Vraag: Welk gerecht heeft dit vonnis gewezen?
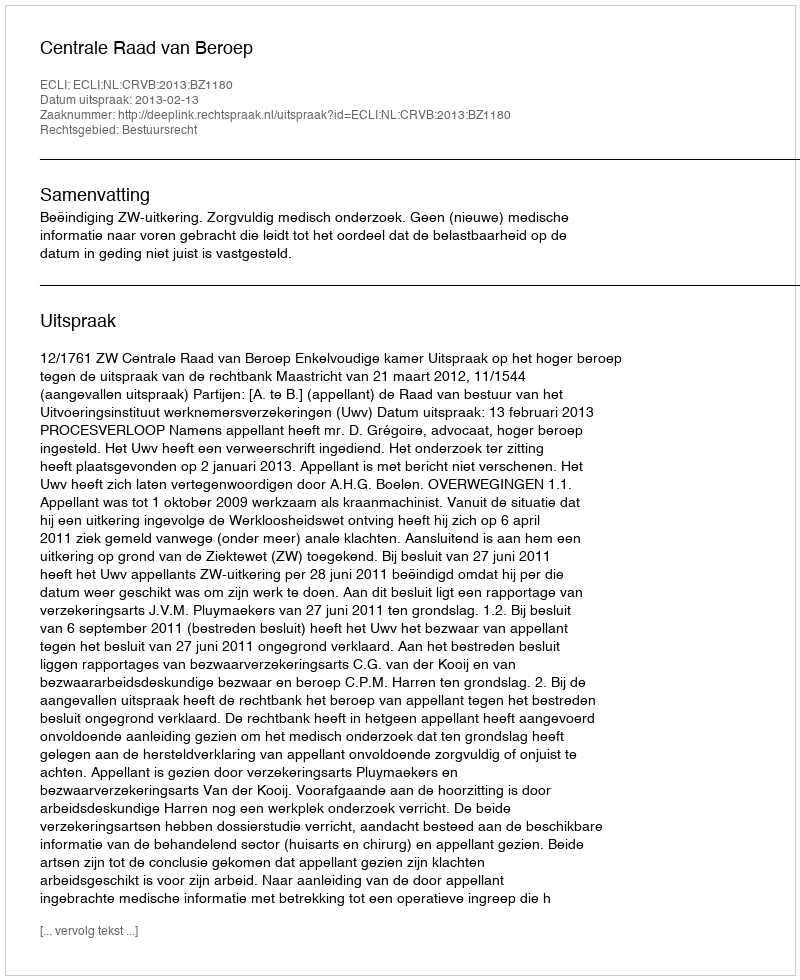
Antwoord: Centrale Raad van Beroep